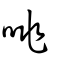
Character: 咷